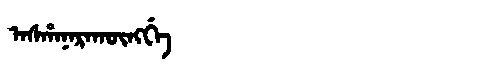
Manchu: ᠠᠰᡥᠠᠨᠠᡵᠠᡴᡡᠩᡤᡝ
Romanization: ASHANARAKŪNGGE